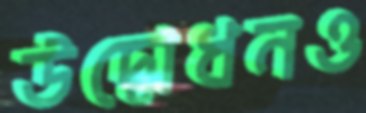
উদ্বোধনও